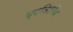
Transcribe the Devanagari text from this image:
प्रतिशोथ